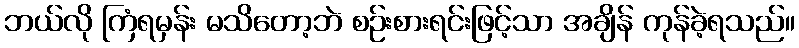
ဘယ်လို ကြံရမှန်း မသိတော့ဘဲ စဉ်းစားရင်းဖြင့်သာ အချိန် ကုန်ခဲ့ရသည်။